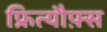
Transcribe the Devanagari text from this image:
फ्रित्यौफ़्स